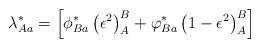
LaTeX: \begin{align*}\lambda _{Aa}^{*}=\left[ \phi _{Ba}^{*}\left( \epsilon ^{2}\right)_{A}^{B}+\varphi _{Ba}^{*}\left( 1-\epsilon ^{2}\right) _{A}^{B}\right] \end{align*}